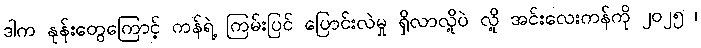
ဒါက နုန်းတွေကြောင့် ကန်ရဲ့ ကြမ်းပြင် ပြောင်းလဲမှု ရှိလာလို့ပဲ လို့ အင်းလေးကန်ကို ၂၀၂၅ ၊